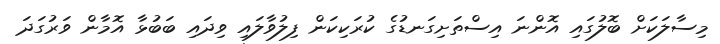
މިސާލަކަށް ބޮލުގައި އޮންނަ އިސްތަށިގަނޑުގެ ކުރަކިކަން ފިލުވާލައި ވިދައި ބަބުޅާ އޮމާން ވަރުގަދަ